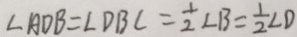
\angle A D B = \angle D B C = \frac { 1 } { 2 } \angle B = \frac { 1 } { 2 } \angle D